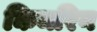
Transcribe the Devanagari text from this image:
किमरिन